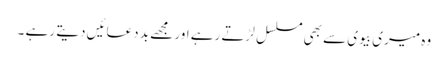
وہ میری بیوی سے بھی مسلسل لڑتے رہے اور مجھے بد دعائیں دیتے رہے ۔